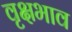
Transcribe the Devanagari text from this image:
वृक्षभाव